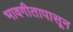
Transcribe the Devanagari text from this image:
भावगीतापासून